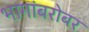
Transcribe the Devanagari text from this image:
भागांबरोबर